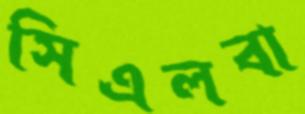
সিএলবা